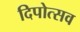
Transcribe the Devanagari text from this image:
दिपोत्सव